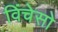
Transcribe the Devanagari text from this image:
विंचेसो